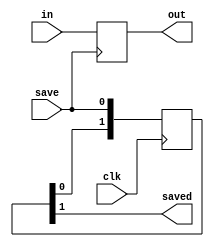
module CrossDomainBuffer(
   input wire clk,
	input wire [31:0] in,
	input wire save,	
	output reg [31:0] out = 0,
   output wire saved
);

always @(posedge save) 
   begin
      out <= in;      
   end

reg [1:0] syncSaved;
   
always @(posedge clk)
   begin
      syncSaved[0] <= save;
      syncSaved[1] <= syncSaved[0];
   end
 
 assign saved = syncSaved[1];

endmodule